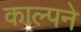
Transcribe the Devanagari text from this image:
काल्पने